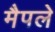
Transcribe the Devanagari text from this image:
मैपले